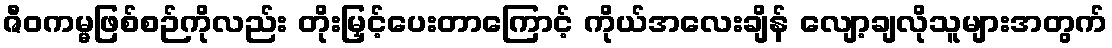
ဇီဝကမ္မဖြစ်စဉ်ကိုလည်း တိုးမြှင့်ပေးတာကြောင့် ကိုယ်အလေးချိန် လျော့ချလိုသူများအတွက်